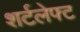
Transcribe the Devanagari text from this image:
शर्टलेफ्ट